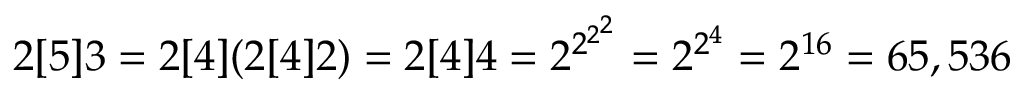
2 [ 5 ] 3 = 2 [ 4 ] ( 2 [ 4 ] 2 ) = 2 [ 4 ] 4 = 2 ^ { 2 ^ { 2 ^ { 2 } } } = 2 ^ { 2 ^ { 4 } } = 2 ^ { 1 6 } = 6 5 , 5 3 6